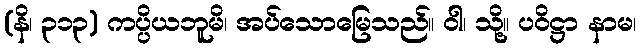
(နိ၊ ၃၁၃) ကပ္ပိယဘူမိ၊ အပ်သောမြေသည်။ ဝါ၊ သို့။ ပဝိဋ္ဌာ နာမ၊